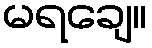
မရချေ။